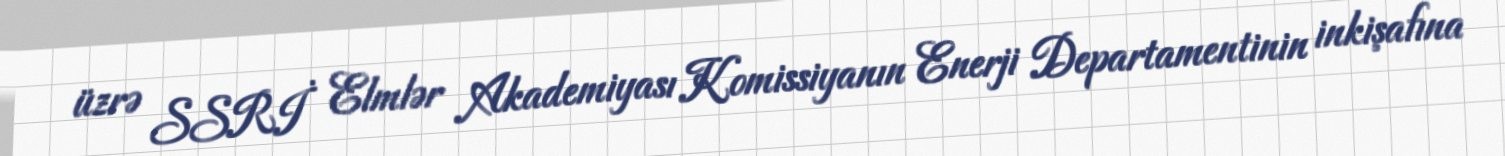
üzrə SSRİ Elmlər Akademiyası Komissiyanın Enerji Departamentinin inkişafına